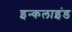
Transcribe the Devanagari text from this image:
इन्कलाइंड